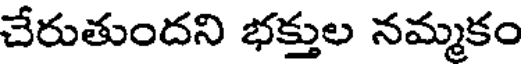
చేరుతుందని భక్తుల నమ్మకం